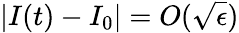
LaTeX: \vert I(t)-I_{0}\vert=O(\sqrt\epsilon)